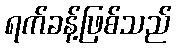
ရက်ခန့်ဖြစ်သည်